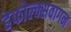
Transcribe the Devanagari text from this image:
हेफोल्क्सवागन